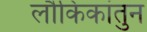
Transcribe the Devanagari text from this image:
लौकिकांतुन